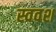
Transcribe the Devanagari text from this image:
स्ववश